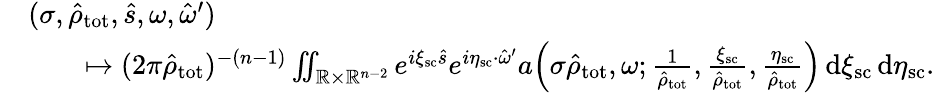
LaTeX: \begin{array}{rl}&{(\sigma,\hat{\rho}_{\mathrm{tot}},\hat{s},\omega,\hat{\omega}^{\prime})}\\ &{\qquad\mapsto(2\pi\hat{\rho}_{\mathrm{tot}})^{-(n-1)}\iint_{\mathbb{R}\times\mathbb{R}^{n-2}}e^{i\xi_{\mathrm{sc}}\hat{s}}e^{i\eta_{\mathrm{sc}}\cdot\hat{\omega}^{\prime}}a\Bigl(\sigma\hat{\rho}_{\mathrm{tot}},\omega;\frac{1}{\hat{\rho}_{\mathrm{tot}}},\frac{\xi_{\mathrm{sc}}}{\hat{\rho}_{\mathrm{tot}}},\frac{\eta_{\mathrm{sc}}}{\hat{\rho}_{\mathrm{tot}}}\Bigr)\, {\mathrm d}\xi_{\mathrm{sc}}\, {\mathrm d}\eta_{\mathrm{sc}}.}\end{array}